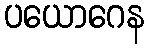
ပယောဂေန